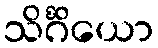
သိင်္ဂိယော